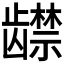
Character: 𬺔